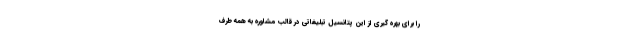
را برای بهره گیری از این پتانسیل تبلیغاتی در قالب مشاوره به همه طرف